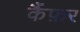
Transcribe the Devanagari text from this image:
कैंफ़र